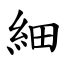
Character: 細